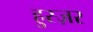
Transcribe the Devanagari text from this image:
हुस्ज़र